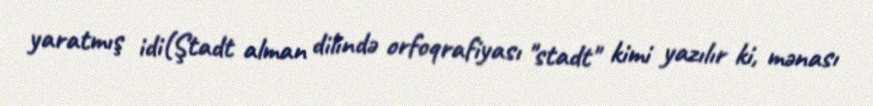
yaratmış idi(Ştadt alman dilində orfoqrafiyası "stadt" kimi yazılır ki, mənası